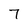
Character: 7